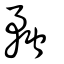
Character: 蝥